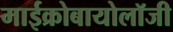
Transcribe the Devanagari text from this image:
माईक्रोबायोलॉजी